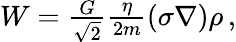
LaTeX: \begin{array}{r}{W=\frac{G}{\sqrt{2}}\frac{\eta}{2m}(\sigma\nabla)\rho\, ,}\end{array}